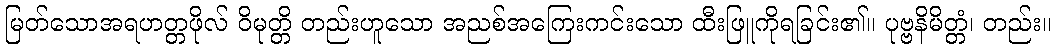
မြတ်သောအရဟတ္တဖိုလ် ဝိမုတ္တိ တည်းဟူသော အညစ်အကြေးကင်းသော ထီးဖြူကိုရခြင်း၏။ ပုဗ္ဗနိမိတ္တံ၊ တည်း။